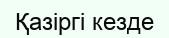
Қазіргі кезде